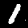
Label: 1